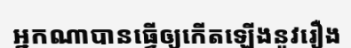
អ្នកណាបានធ្វើឲ្យកើតឡើងនូវរឿង